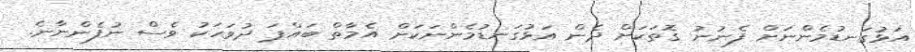
އަޅުގަނޑުމެންނަށް ފެނުނު ގޮތަކަށް ދެން އަޅުގަނޑުމެންނަކަށް އެމާތް ބައްޕަ ދުވަހަކު ވެސް ނުފެންނާނެ.